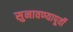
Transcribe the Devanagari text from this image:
सुनावण्यापूर्वी